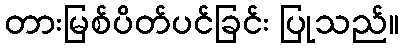
တားမြစ်ပိတ်ပင်ခြင်း ပြုသည်။